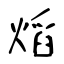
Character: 熖